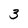
Character: 3